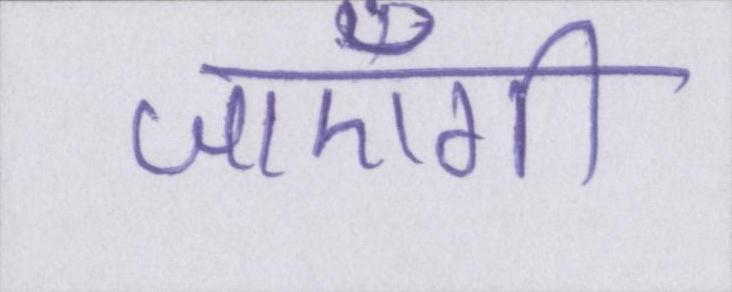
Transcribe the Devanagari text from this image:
जाएँगी